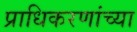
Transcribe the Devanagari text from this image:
प्राधिकरणांच्या